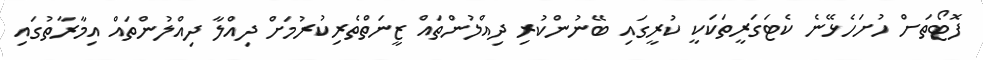
ފޮޓޯތަށް ހުށަހެޅޭނެ ކެޓަގަރީތަކަކީ ކުރީގައި ބޭނުންކުރި ދިއްލުންތައް ޒީނަތްތެރިކުރުމަށް ދިއްލާ ދިއްލުންތައް އިމާރާތުގައި